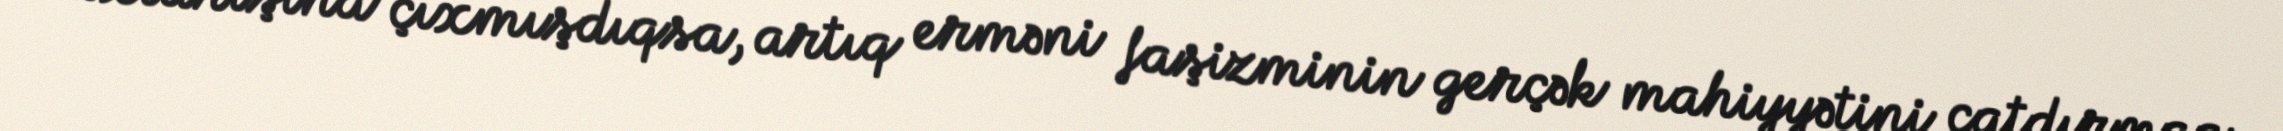
axtarışına çıxmışdıqsa, artıq erməni faşizminin gerçək mahiyyətini çatdırmaq